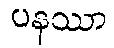
ပနဿာ